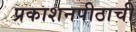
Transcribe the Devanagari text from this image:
प्रकाशनपीठाची